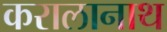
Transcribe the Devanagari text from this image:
करालानाथ